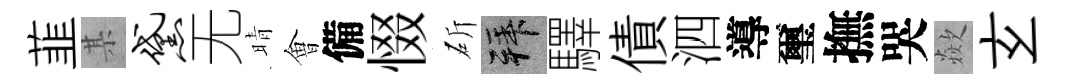
韮某黛无晴㑹備惙斫拜驛債泗導璽撫哭歘𤣥